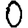
Digit: 0